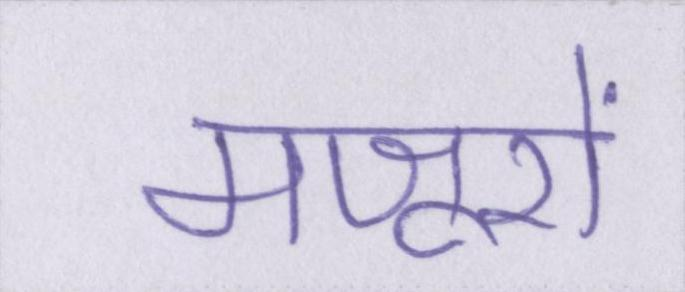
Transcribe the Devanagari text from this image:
मजूरों